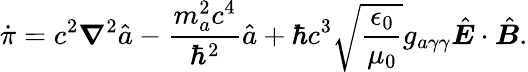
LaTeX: \dot{\pi}=c^{2}\boldsymbol\nabla^{2}\hat{a}-\frac{m_{a}^{2}c^{4}}{\hbar^{2}}\hat{a}+\hbar c^{3}\sqrt{\frac{\epsilon_{0}}{\mu_{0}}}g_{a\gamma\gamma}\hat{\boldsymbol E}\cdot\hat{\boldsymbol B}.